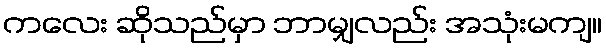
ကလေး ဆိုသည်မှာ ဘာမျှလည်း အသုံးမကျ။